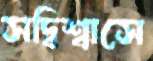
সদ্বিশ্বাসে